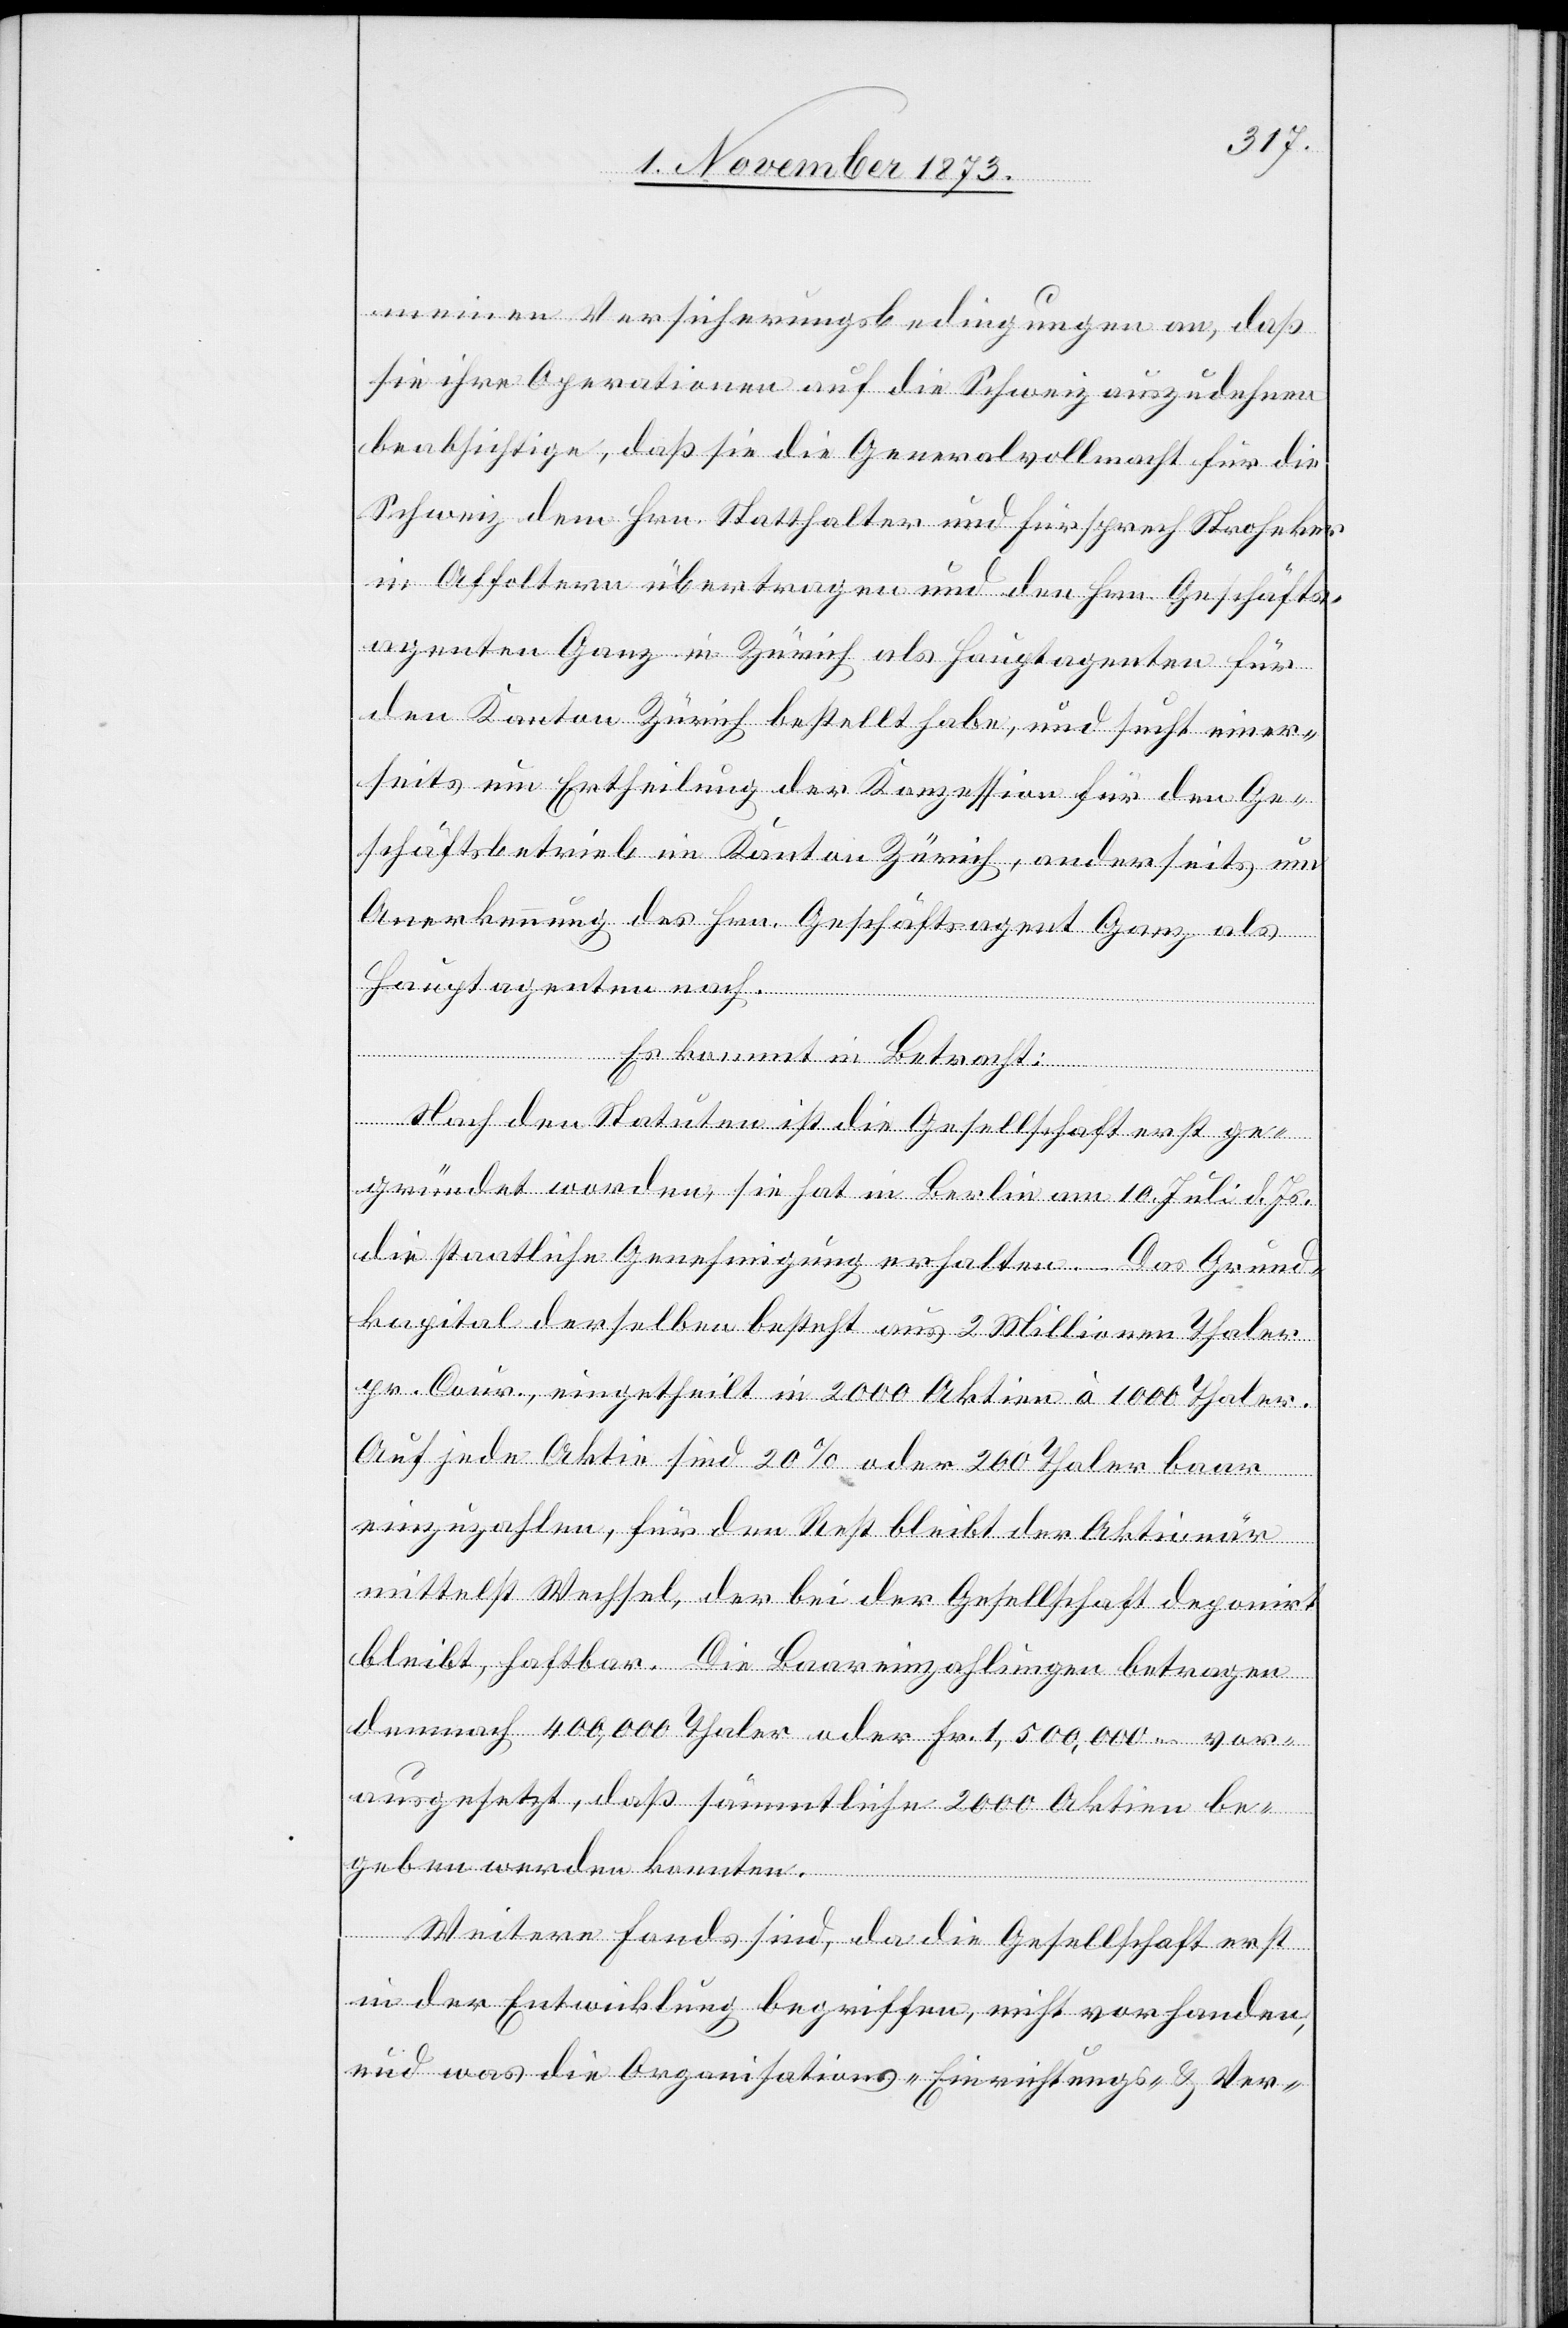
meinen Versicherungsbedingungen an, daß
sie ihre Operationen auf die Schweiz auszudehnen
beabsichtige, daß sie die Generalvollmacht für die
Schweiz dem Hrn. Statthalter und Fürsprech Stroheker
in Affoltern übertragen und den Hrn. Geschäfts¬
agenten Ganz in Zürich als Hauptagenten für
den Kanton Zürich bestellt habe, und sucht einer¬
seits um Ertheilung der Konzession für den Ge¬
schäftsbetrieb im Kanton Zürich, anderseits um
Anerkennung des Hrn. Geschäftsagent Ganz als
Hauptagenten nach.
Es kommt in Betracht:
Nach den Statuten ist die Gesellschaft erst ge¬
gründet worden, sie hat in Berlin am 10. Juli d. Js.
die staatliche Genehmigung erhalten. – Das Grund¬
kapital derselben besteht aus 2 Millionen Thaler
pr. Cour., eingetheilt in 2 000 Aktien à 1 000 Thaler.
Auf jede Aktie sind 20% oder 200 Thaler baar
einzuzahlen, für den Rest bleibt der Aktionär
mittelst Wechsel, der bei der Gesellschaft deponirt
bleibt, haftbar. Die Baareinzahlungen betragen
demnach 400,000 Thaler oder Fr. 1,500,000 – vor¬
ausgesetzt, daß sämmtliche 2 000 Aktien be¬
geben werden konnten.
Weitere Fonds sind, da die Gesellschaft erst
in der Entwicklung begriffen, nicht vorhanden,
und was die Organisations- Einrichtungs- & Ver-